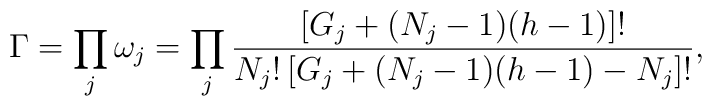
\Gamma=\prod_{j}\omega_{j}=\prod_{j}\frac{\left[G_{j}+(N_{j}-1)(h-1)\right]!}{N_{j}!\left[G_{j}+(N_{j}-1)(h-1)-N_{j}\right]!},